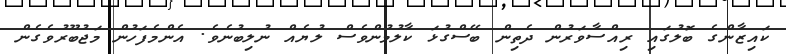
ކައިޒާންގެ ބޮލުގައި ރިއްސާވަރުން ދެތިން ބޭސްގުޅަ ކާލުމުންވެސް ލުޔެއް ނުލިބުނެވެ. އެންމެފަހުން މަޖުބޫރުވެގެން